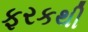
ફરકથી